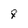
Character: 8